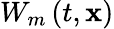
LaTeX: W_{m}\left(t,\mathbf{x}\right)